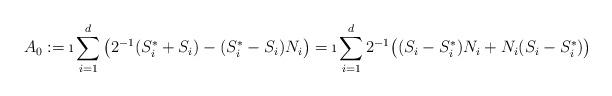
LaTeX: \begin{align*}A_0 := \i\sum_{i=1}^d \left(2^{-1}(S_i^*+S_i) - (S_i^*-S_i)N_i\right) = \i \sum_{i=1}^d 2^{-1} \big( (S_i-S_i^*)N_i + N_i(S_i-S_i^*) \big)\end{align*}